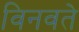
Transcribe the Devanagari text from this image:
विनवते